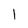
Character: 1